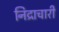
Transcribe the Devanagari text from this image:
निद्राचारी